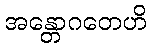
အန္တောဂတေဟိ